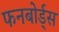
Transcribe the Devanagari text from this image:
फनबोर्ड्स